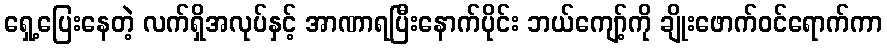
ရှေ့ပြေးနေတဲ့ လက်ရှိအလုပ်နှင့် အာဏာရပြီးနောက်ပိုင်း ဘယ်ကျော့်ကို ချိုးဖောက်ဝင်ရောက်ကာ